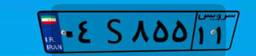
۹۳S۱۷۹۳۳